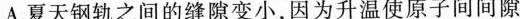
A.夏天钢轨之间的缝隙变小，因为升温使原子间间隙